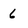
Character: 6